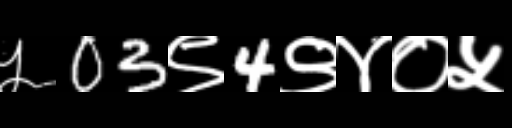
Text: ५03९4९४०५